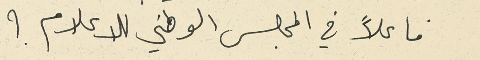
فاعلاً في المجلس الوطني للاعلام ؟